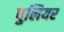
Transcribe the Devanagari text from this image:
पुलियर